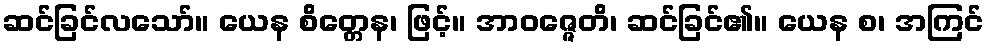
ဆင်ခြင်လသော်။ ယေန စိတ္တေန၊ ဖြင့်။ အာဝဇ္ဇေတိ၊ ဆင်ခြင်၏။ ယေန စ၊ အကြင်